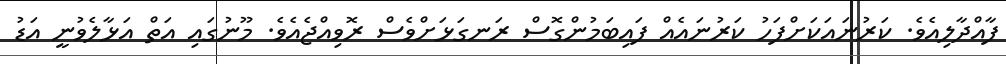
ފާއްދާލިއެވެ. ކަރުނައަކަށްފަހު ކަރުނައެއް ފައިބަމުންގޮސް ރަނގަޅަށްވެސް ރޮވިއްޖެއެވެ. މޫނުގައި އަތް އަޅާލެވުނީ އަޑު